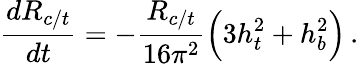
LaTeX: {\frac{dR_{c/t}}{dt}}=-{\frac{R_{c/t}}{16\pi^{2}}}\Big(3h_{t}^{2}+h_{b}^{2}\Big)\, .